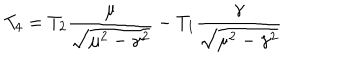
T _ { 4 } = T _ { 2 } \frac { \mu } { \sqrt { \mu ^ { 2 } - \gamma ^ { 2 } } } - T _ { 1 } \frac { \gamma } { \sqrt { \mu ^ { 2 } - \gamma ^ { 2 } } }